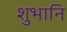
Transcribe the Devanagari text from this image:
शुभानि